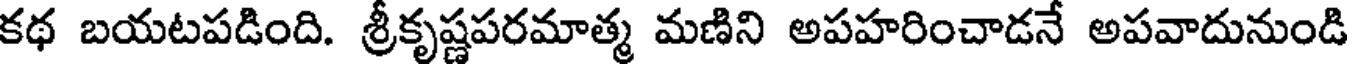
కథ బయటపడింది. శ్రీకృష్ణపరమాత్మ మణిని అపహరించాడనే అపవాదునుండి